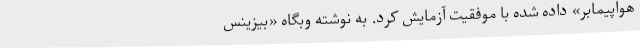
هواپیمابر» داده شده با موفقیت آزمایش کرد. به نوشته وبگاه «بیزینس